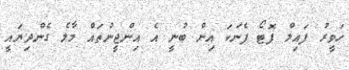
ހަވީރު ފައިލް ފޮޓޯ ފެނަކަ އިން ބުނީ އެ އިންޖީނުތައް މާލެ ގެންދިޔައީ